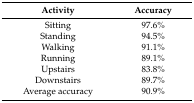
<table><thead><tr><td><b>Activity</b></td><td><b>Accuracy</b></td></tr></thead><tbody><tr><td>Sitting</td><td>97.6%</td></tr><tr><td>Standing</td><td>94.5%</td></tr><tr><td>Walking</td><td>91.1%</td></tr><tr><td>Running</td><td>89.1%</td></tr><tr><td>Upstairs</td><td>83.8%</td></tr><tr><td>Downstairs</td><td>89.7%</td></tr><tr><td>Average accuracy</td><td>90.9%</td></tr></tbody></table>